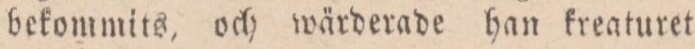
bekommits, och wärderade han kreaturet